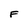
Character: F